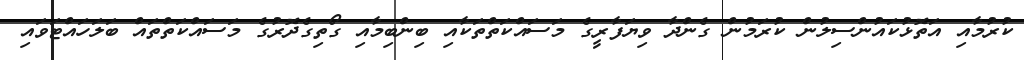
ކުރުމާއި އަތޮޅުކައުންސިލުން ކުރަމުން ގެންދާ ވިޔަފާރީގެ މަސައްކަތްތަކާއި ބިންބިމާއި ގޯތިގެދޮރުގެ މަސައްކަތްތައް ބަލަހައްޓަވައި